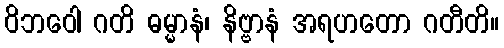
ဝိဘဝေါ ဂတိ ဓမ္မာနံ၊ နိဗ္ဗာနံ အရဟတော ဂတီတိ။